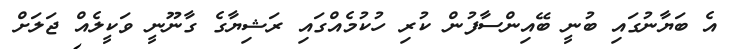
އެ ބަޔާނުގައި ބުނީ ބޭއިންސާފުން ކުރި ހުކުމެއްގައި ރަޝިޔާގެ ގާނޫނީ ވަކީލެއް ޖަލަށް